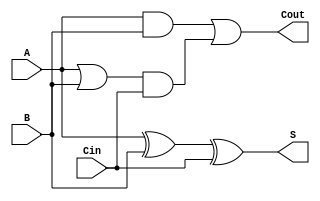
module CarryLookaheadFullAdder (
    input wire A,      // First input bit
    input wire B,      // Second input bit
    input wire Cin,    // Carry-in bit
    output wire S,     // Sum output
    output wire Cout    // Carry-out output
);

    // Intermediate signals for generate and propagate
    wire G;  // Generate
    wire P;  // Propagate

    // Generate and Propagate logic
    assign G = A & B;      // Generate: G = A AND B
    assign P = A | B;      // Propagate: P = A OR B

    // Sum calculation
    assign S = A ^ B ^ Cin; // Sum: S = A XOR B XOR Cin

    // Carry-out calculation
    assign Cout = G | (P & Cin); // Carry-out: Cout = G OR (P AND Cin)

endmodule